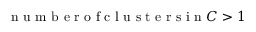
\mathrm { ~ n ~ u ~ m ~ b ~ e ~ r ~ o ~ f ~ c ~ l ~ u ~ s ~ t ~ e ~ r ~ s ~ i ~ n ~ } C > 1